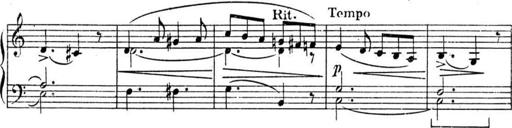
Title: Sonatines
Composer: Hedwige ChrÃ©tien